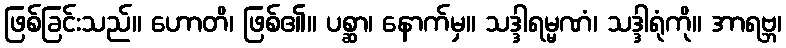
ဖြစ်ခြင်းသည်။ ဟောတိ၊ ဖြစ်၏။ ပစ္ဆာ၊ နောက်မှ။ သဒ္ဒါရမ္မဏံ၊ သဒ္ဒါရုံကို။ အာရဗ္ဘ၊